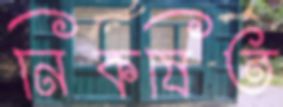
নিকষিত